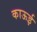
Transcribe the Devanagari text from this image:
काऊई